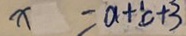
x = a + c + 3